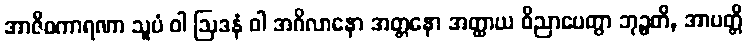
အာဇီဝကာရဏာ သူပံ ဝါ ဩဒနံ ဝါ အဂိလာနော အတ္တနော အတ္ထာယ ဝိညာပေတွာ ဘုဉ္ဇတိ, အာပတ္တိ